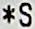
*S